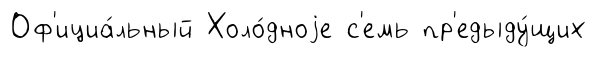
Оф'ициа́льный Холо́дноjе с'емь пр'едыду́щих